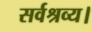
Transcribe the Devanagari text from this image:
सर्वश्रव्य।